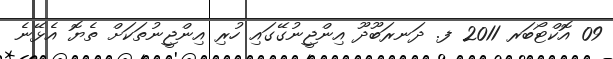
09 އޮކްޓޯބަރ 2011 ފ. ދަނރަބޫދޫ އިންޖީނުގޭގައި ހުރި އިންޖީނުތަކަށް ތެޔޮ އެޅޭނެ